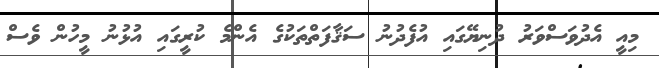
މިއީ އެދުވަސްވަރު ދުނިޔޭގައި އުފެދުނު ސަޤާފަތްތަކުގެ އެންމެ ކުރީގައި އުޅުނު މީހުން ވެސް